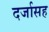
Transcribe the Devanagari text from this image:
दर्जासह